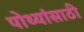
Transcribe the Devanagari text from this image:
पोथ्यांसाठी